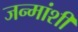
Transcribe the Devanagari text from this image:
जन्मांशी